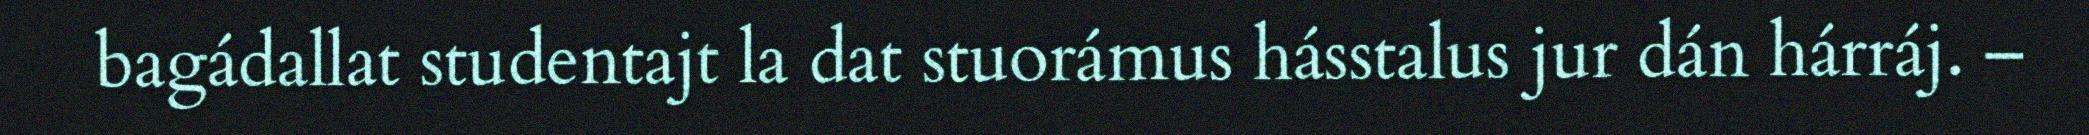
bagádallat studentajt la dat stuorámus hásstalus jur dán hárráj. –